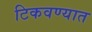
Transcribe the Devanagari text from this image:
टिकवण्यात